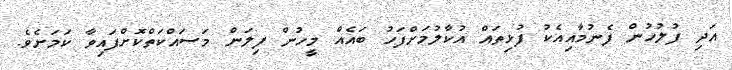
އަދި ފުލުހުން ފެނުމާއިއެކު ފުޅިތައް އުކާލުމަށްފަހު ބައެއް މީހުން ފިލަން މަސައްކަތްކޮށްފައިވާ ކަމަށެވެ.